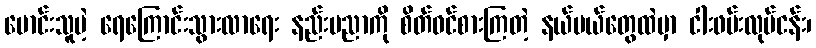
မောင်းသူမဲ့ ရေကြောင်းသွားလာရေး နည်းပညာကို စိတ်ဝင်စားကြတဲ့ နယ်ပယ်တွေထဲမှာ ငါးဖမ်းလုပ်ငန်း၊